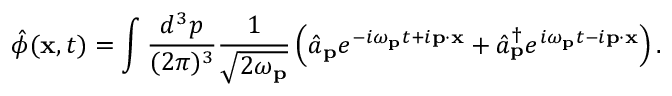
{ \hat { \phi } } ( \mathbf { x } , t ) = \int { \frac { d ^ { 3 } p } { ( 2 \pi ) ^ { 3 } } } { \frac { 1 } { \sqrt { 2 \omega _ { \mathbf { p } } } } } \left( { \hat { a } } _ { \mathbf { p } } e ^ { - i \omega _ { \mathbf { p } } t + i \mathbf { p } \cdot \mathbf { x } } + { \hat { a } } _ { \mathbf { p } } ^ { \dagger } e ^ { i \omega _ { \mathbf { p } } t - i \mathbf { p } \cdot \mathbf { x } } \right) .